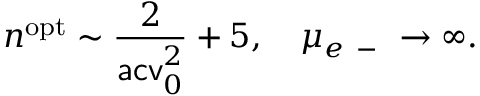
n ^ { \mathrm { o p t } } \sim \frac { 2 } { \mathsf { a c v } _ { 0 } ^ { 2 } } + 5 , \quad \mu _ { e \mathrm { ~ - ~ } } \to \infty .